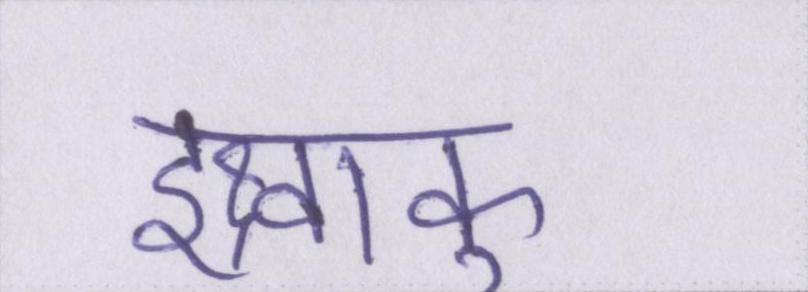
इक्ष्वाकु